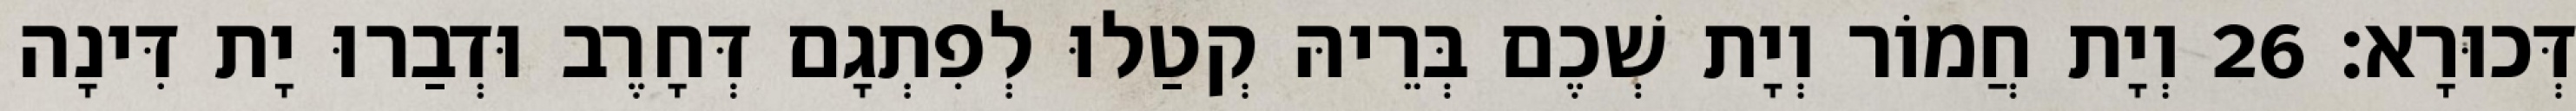
דְּכוּרָא׃ 26 וְיָת חֲמוֹר וְיָת שְׁכֶם בְּרֵיהּ קְטַלוּ לְפִתְגָם דְּחָרֶב וּדְבַרוּ יָת דִּינָה